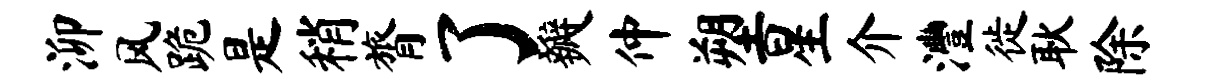
泖风跪是稍膂了瓣仲塑星介澧徙耿除